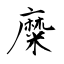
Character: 糜